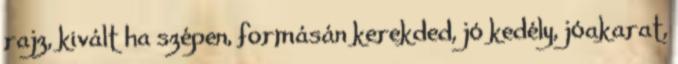
rajz, kivált ha szépen, formásán kerekded, jó kedély, jóakarat,